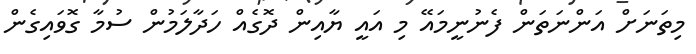
މިތަނަށް އަންނަތަން ފެނުނީމައޭ މި އައީ ޔާއިން ދޮގެއް ހަދާލަމުން ސުމާ ގޮވައިގެން